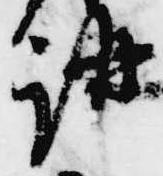
講